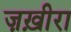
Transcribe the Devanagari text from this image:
ज़ख़ीरा